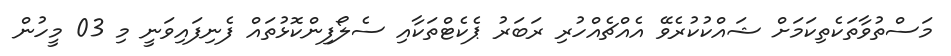
މަސްތުވާތަކެތިކަމަށް ޝައްކުކުރެވޭ އެއްޗެއްހުރި ރަބަރު ޕެކެޓްތަކާއި ސެލޯފިންކޮޅުތައް ފެނިފައިވަނީ މި 03 މީހުން